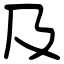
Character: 及